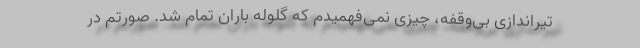
تیراندازی بی‌وقفه، چیزی نمی‌فهمیدم که گلوله باران تمام شد. صورتم در